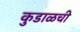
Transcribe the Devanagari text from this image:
कुडाळची